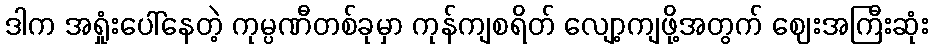
ဒါက အရှုံးပေါ်နေတဲ့ ကုမ္ပဏီတစ်ခုမှာ ကုန်ကျစရိတ် လျော့ကျဖို့အတွက် ဈေးအကြီးဆုံး